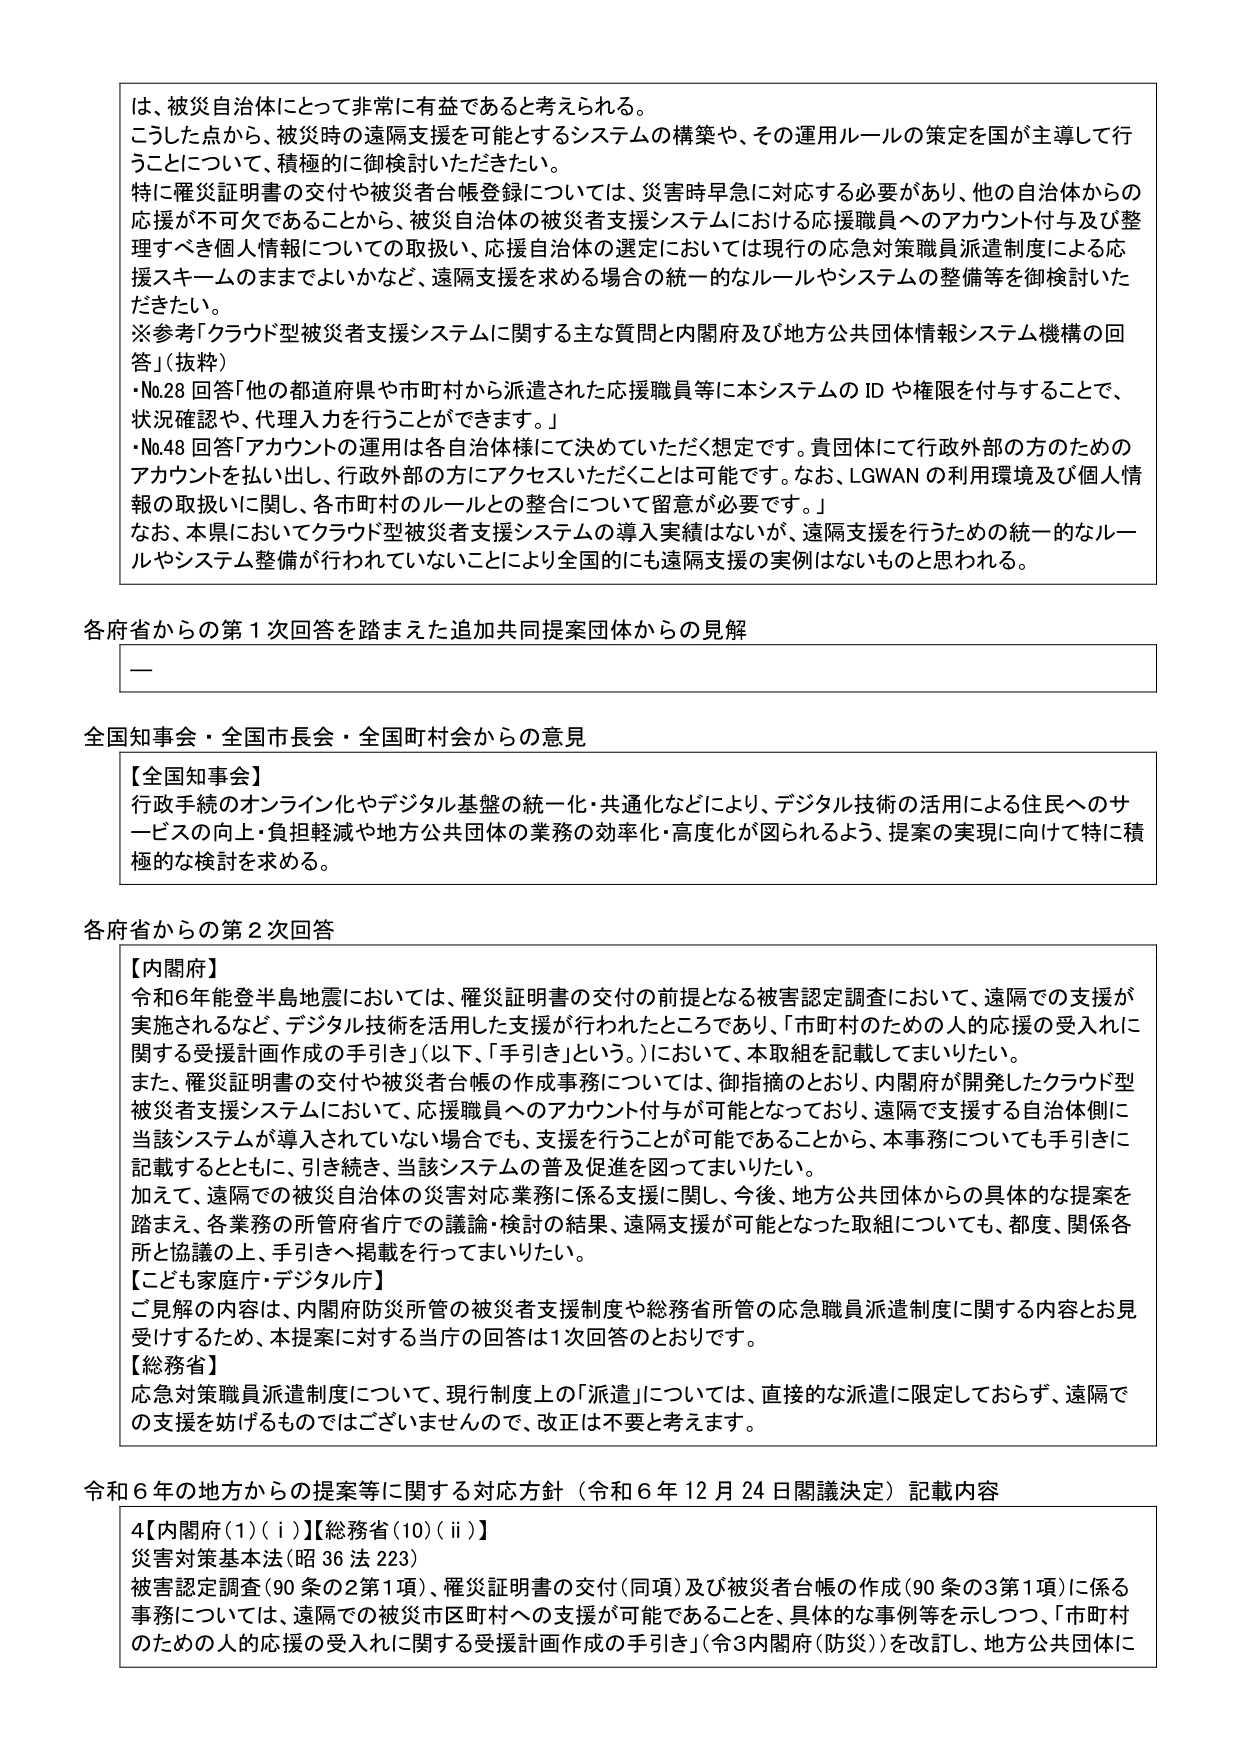
は、被災自治体にとって非常に有益であると考えられる。
こうした点から、被災時の遠隔支援を可能とするシステムの構築や、その運用ルールの策定を国が主導して行うことについて、積極的に御検討いただきたい。
特に罹災証明書の交付や被災者台帳登録については、災害時早急に対応する必要があり、他の自治体からの応援が不可欠であることから、被災自治体の被災者支援システムにおける応援職員へのアカウント付与及び整理すべき個人情報についての取扱い、応援自治体の選定においては現行の応急対策職員派遣制度による応援スキームのままでよいかなど、遠隔支援を求める場合の統一的なルールやシステムの整備等を御検討いただきたい。
※参考「クラウド型被災者支援システムに関する主な質問と内閣府及び地方公共団体情報システム機構の回答」（抜粋）
・No.28 回答「他の都道府県や市町村から派遣された応援職員等に本システムの ID や権限を付与することで、状況確認や、代理入力を行うことができます。」
・No.48 回答「アカウントの運用は各自治体様にて決めていただく想定です。貴団体にて行政外部の方のためのアカウントを払い出し、行政外部の方にアクセスいただくことは可能です。なお、LGWAN の利用環境及び個人情報の取扱いに関し、各市町村のルールとの整合について留意が必要です。」
なお、本県においてクラウド型被災者支援システムの導入実績はないが、遠隔支援を行うための統一的なルールやシステム整備が行われていないことにより全国的にも遠隔支援の実例はないものと思われる。

各府省からの第1次回答を踏まえた追加共同提案団体からの見解
――

全国知事会・全国市長会・全国町村会からの意見
【全国知事会】
行政手続のオンライン化やデジタル基盤の統一・共通化などにより、デジタル技術の活用による住民へのサービスの向上・負担軽減や地方公共団体の業務の効率化・高度化が図られるよう、提案の実現に向けて特に積極的な検討を求める。

各府省からの第2次回答
【内閣府】
令和6年能登半島地震においては、罹災証明書の交付の前提となる被害認定調査において、遠隔での支援が実施されるなど、デジタル技術を活用した支援が行われたところであり、「市町村のための人的応援の受入れに関する受援計画作成の手引き」（以下、「手引き」という。）において、本取組を記載してまいりたい。
また、罹災証明書の交付や被災者台帳の作成事務については、御指摘のとおり、内閣府が開発したクラウド型被災者支援システムにおいて、応援職員へのアカウント付与が可能となっており、遠隔で支援する自治体側に当該システムが導入されていない場合でも、支援を行うことが可能であることから、本事務についても手引きに記載するとともに、引き続き、当該システムの普及促進を図ってまいりたい。
加えて、遠隔での被災自治体の災害対応業務に係る支援に関し、今後、地方公共団体からの具体的な提案を踏まえ、各業務の所管府省庁での議論・検討の結果、遠隔支援が可能となった取組についても、都度、関係各所と協議の上、手引きへ掲載を行ってまいりたい。
【こども家庭庁・デジタル庁】
ご見解の内容は、内閣府防災所管の被災者支援制度や総務省所管の応急職員派遣制度に関する内容とお見受けするため、本提案に対する当府の回答は1次回答のとおりです。
【総務省】
応急対策職員派遣制度について、現行制度上の「派遣」については、直接的な派遣に限定しておらず、遠隔での支援を妨げるものではございませんので、改正は不要と考えます。

令和6年の地方からの提案等に関する対応方針（令和6年12月24日閣議決定）記載内容
4【内閣府(1)(i)】【総務省(10)(ii)】
災害対策基本法（昭36法223）
被害認定調査（90条の2第1項）、罹災証明書の交付（同項）及び被災者台帳の作成（90条の3第1項）に係る事務については、遠隔での被災市区町村への支援が可能であることを、具体的な事例等を示しつつ、「市町村のための人的応援の受入れに関する受援計画作成の手引き」（令3内閣府（防災））を改訂し、地方公共団体に